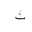
Letter: _tha